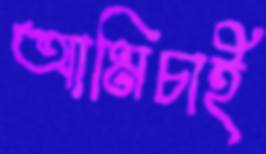
আমিচাই